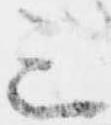
三